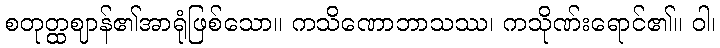
စတုတ္ထဈာန်၏အာရုံဖြစ်သော။ ကသိဏောဘာသဿ၊ ကသိုဏ်းရောင်၏။ ဝါ၊